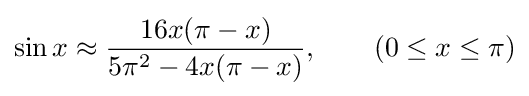
\sin x\approx {\frac {16x(\pi -x)}{5\pi ^{2}-4x(\pi -x)}},\qquad (0\leq x\leq \pi )